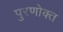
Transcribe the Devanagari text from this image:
पुरणोक्त